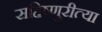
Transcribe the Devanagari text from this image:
सहिष्णुरीत्या